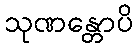
သုဏန္တောပိ